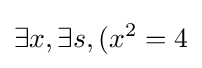
\exists x,\exists s,(x^{2}=4